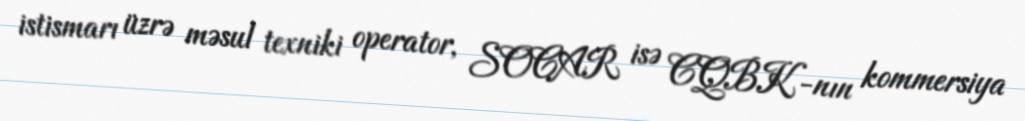
istismarı üzrə məsul texniki operator, SOCAR isə CQBK-nın kommersiya